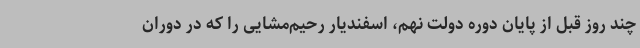
چند روز قبل از پایان دوره دولت نهم، اسفندیار رحیم‌مشایی را که در دوران